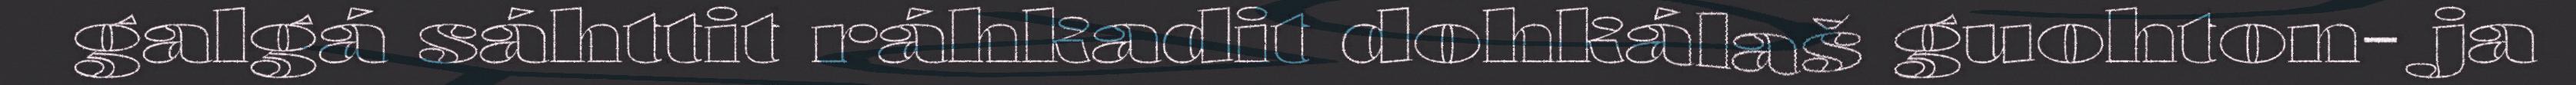
galgá sáhttit ráhkadit dohkálaš guohton- ja